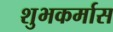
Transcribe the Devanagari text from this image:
शुभकर्मास